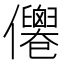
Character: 𠑗